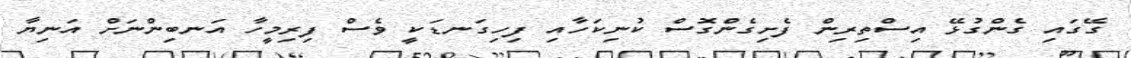
ގޭގައި ގެންގުޅޭ އިސްތިރިން ފެށިގެންގޮސް ކުނިކަހާއި ފިހިގަނޑަކީ ވެސް ފިރިމީހާ އަނބިންނަށް އަނިޔާ